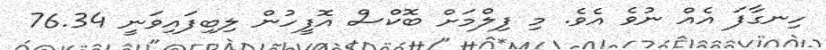
ހިނގާފަ އެއް ނުވެ އެވެ. މި ފިލްމަށް ބޮކްސް އޮފީހުން ލިބިފައިވަނީ 76.34